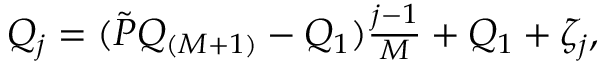
\begin{array} { r } { Q _ { j } = ( \tilde { P } Q _ { ( M + 1 ) } - Q _ { 1 } ) \frac { j - 1 } { M } + Q _ { 1 } + \zeta _ { j } , } \end{array}